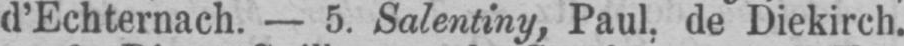
d’Echternach. - 5. Salentiny, Paul, de Diekirch.